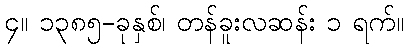
၄။ ၁၃၈၅-ခုနှစ်၊ တန်ခူးလဆန်း ၁ ရက်။